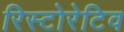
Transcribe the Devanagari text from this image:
रिस्टोरेटिव